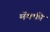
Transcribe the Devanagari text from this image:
मॅक्फी